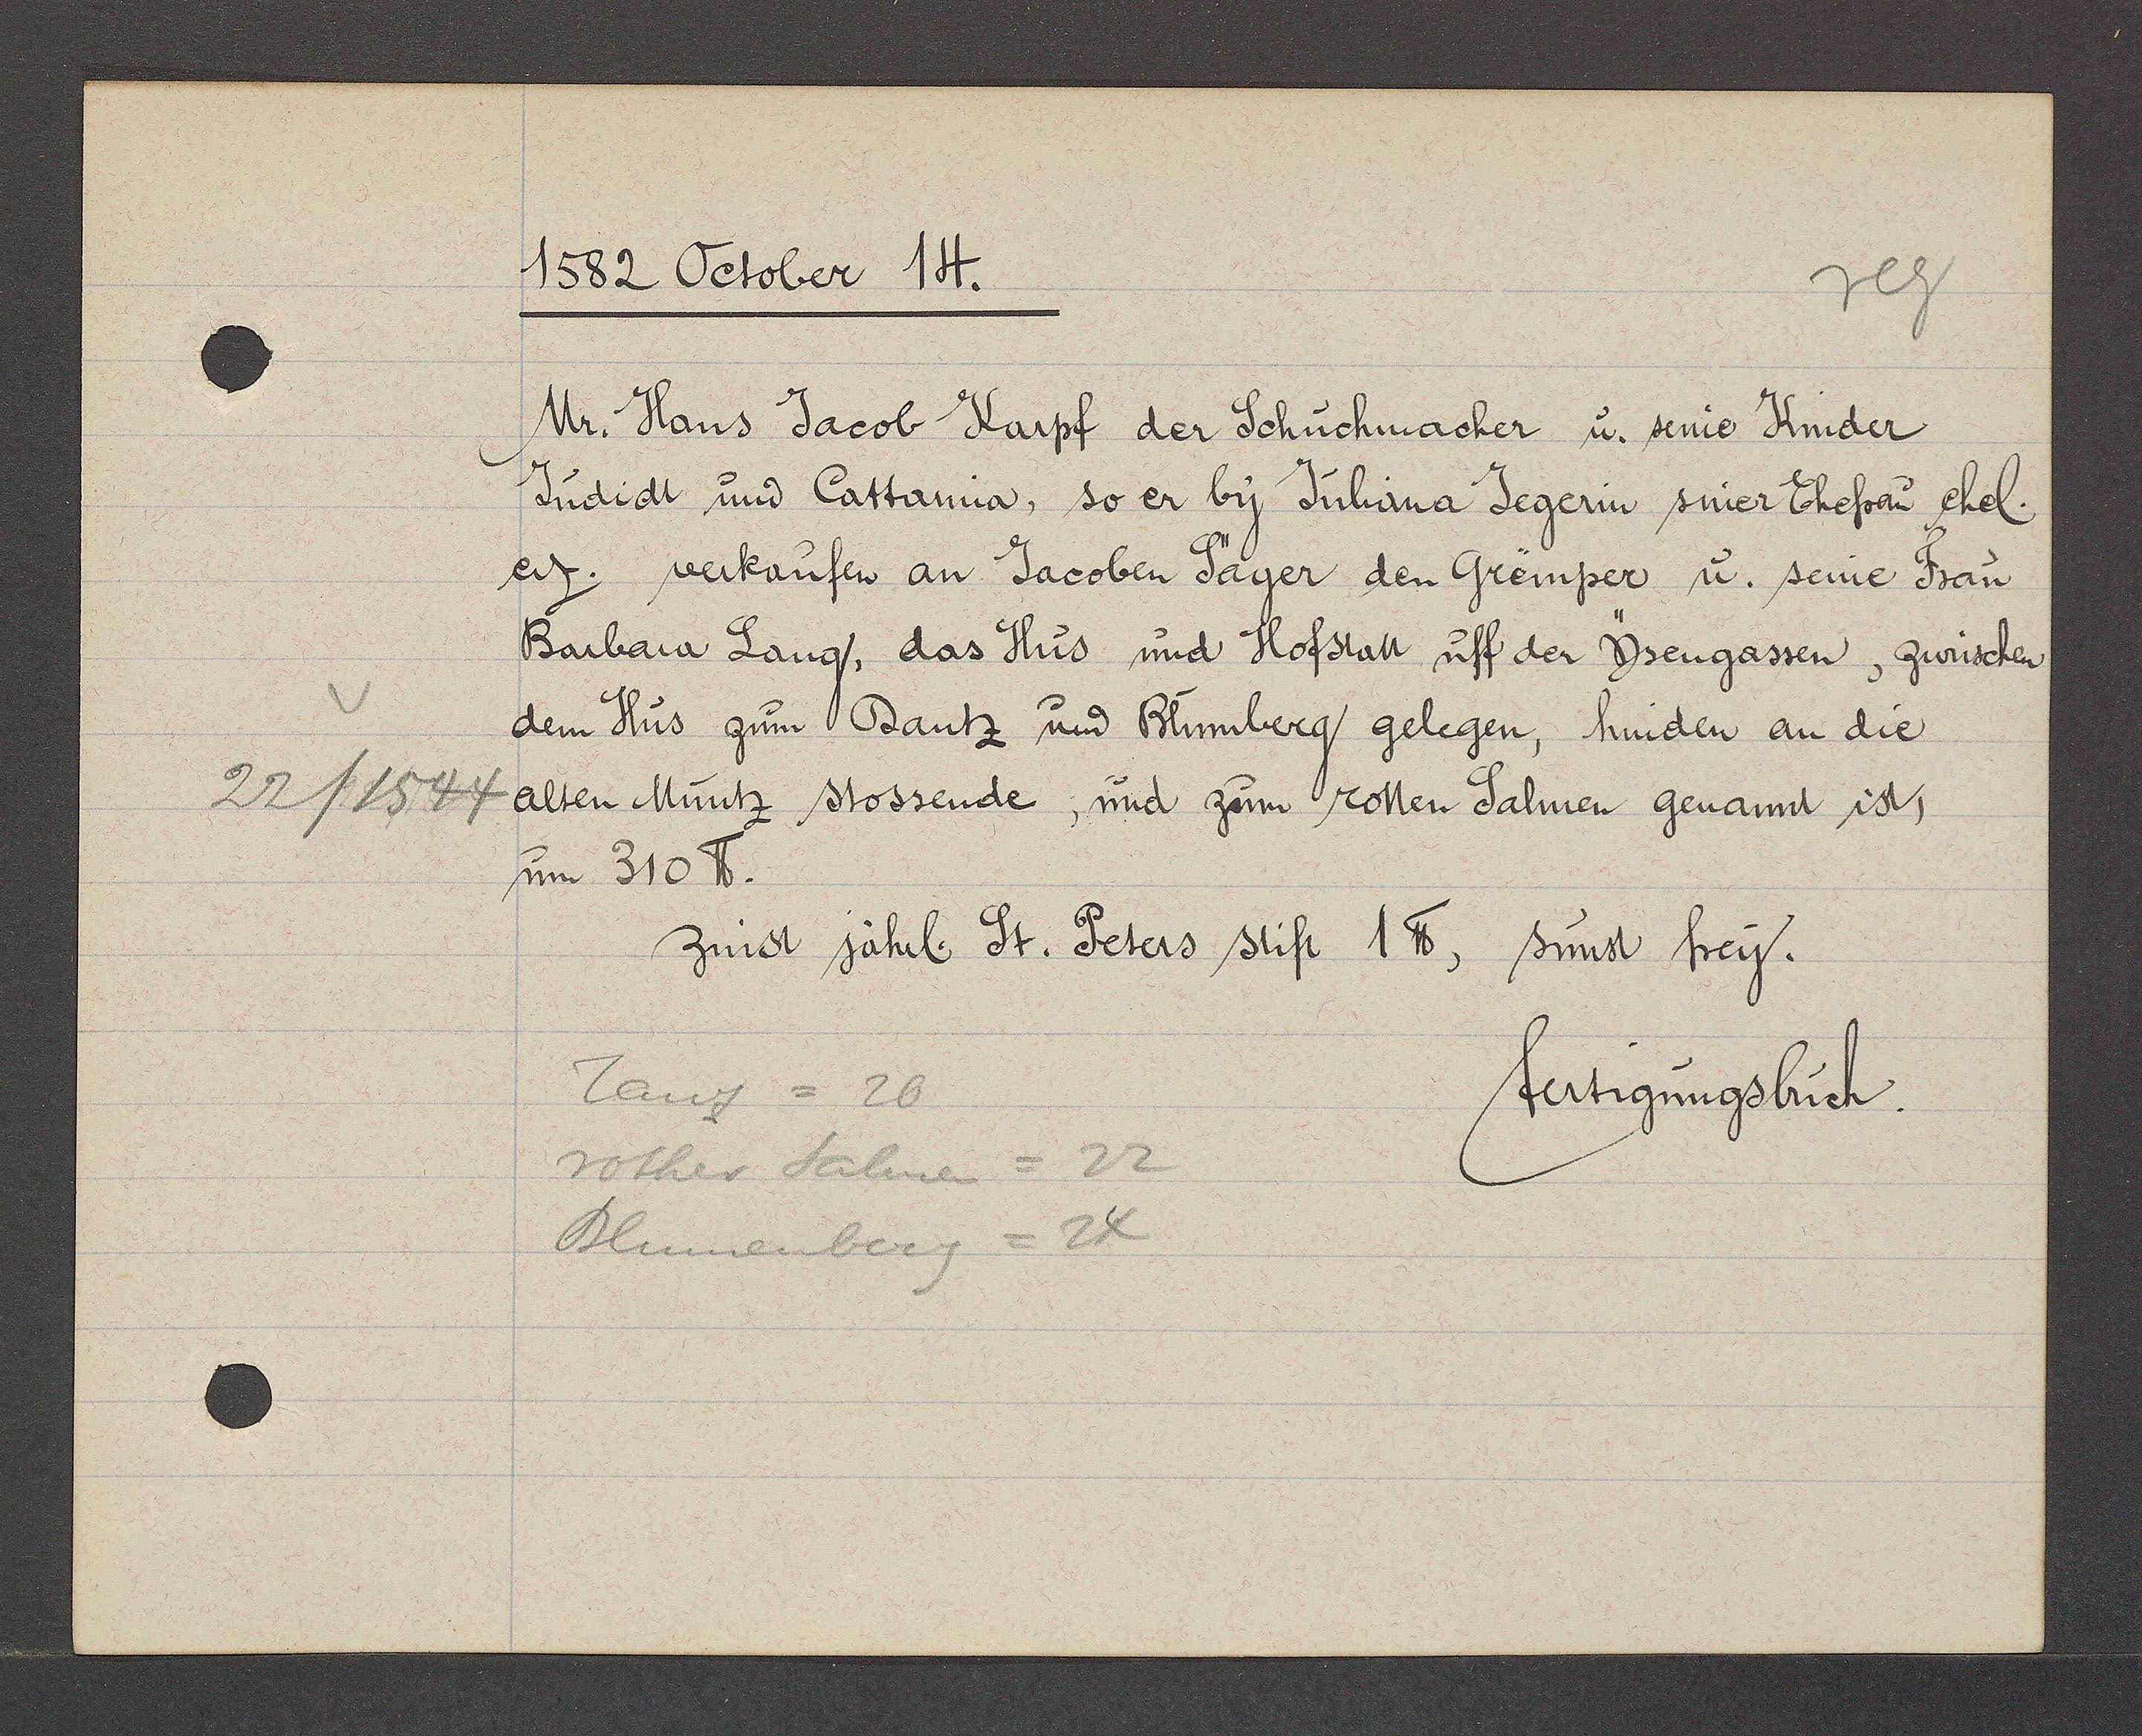
Transcript:
22 /1544

1582 October 14.
Mr. Hans Jacob Karpf der Schuchmacher u. seine Kinder
Judidt und Cattarina, so er by Julina Jegerin siner Ehefrau ehel.
eig. verkaufen an Jacoben Säger den Gremper u. seine Frau
Barbara Lang, das Hus und Hofstatt uff der Ysengassen, zwüschen
dem Hus zum Dantz und Blumberg gelegen, hinden an die
alten Muntz stossende; und zum rotten Salmen genannt ist,
um 310 ℔.
Zinst Jährl St. Peters stift 1 ℔, sunst Frey.
Tanz = 20
fertigungsbuch.
rother Salmen = 22
Blumenberg = 24